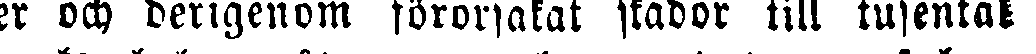
ser och derigenom förorsakat skador till tusental